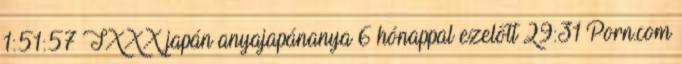
1:51:57 TXXX japán anyajapánanya 6 hónappal ezelőtt 29:31 Porn.com